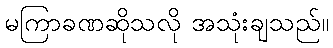
မကြာခဏဆိုသလို အသုံးချသည်။